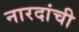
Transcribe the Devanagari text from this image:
नारदांची